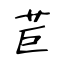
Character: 苣